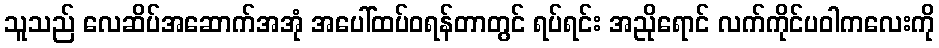
သူသည် လေဆိပ်အဆောက်အအုံ အပေါ်ထပ်ဝရန်တာတွင် ရပ်ရင်း အညိုရောင် လက်ကိုင်ပဝါကလေးကို